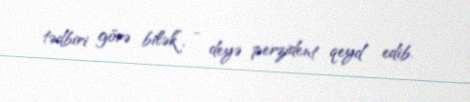
tədbiri görə bilək”, - deyə perzident qeyd edib.